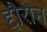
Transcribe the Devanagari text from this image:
द्दौरान